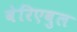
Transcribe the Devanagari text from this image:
वेरिएबुल